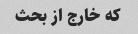
که خارج از بحث